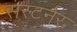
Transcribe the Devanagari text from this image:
सरटर्नर